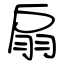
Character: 扇